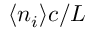
\langle n _ { i } \rangle c / L